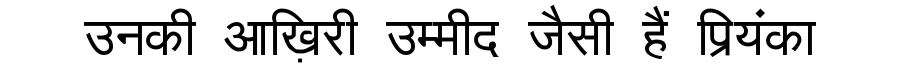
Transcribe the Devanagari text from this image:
उनकी आख़िरी उम्मीद जैसी हैं प्रियंका